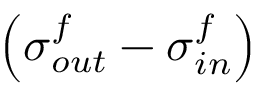
\left( { \boldsymbol { \sigma } } _ { o u t } ^ { f } - { \boldsymbol { \sigma } } _ { i n } ^ { f } \right)